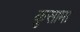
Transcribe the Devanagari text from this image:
कुसामा